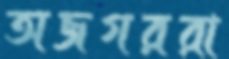
অজগররা